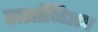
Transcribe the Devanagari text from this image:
लग्रांजिअन